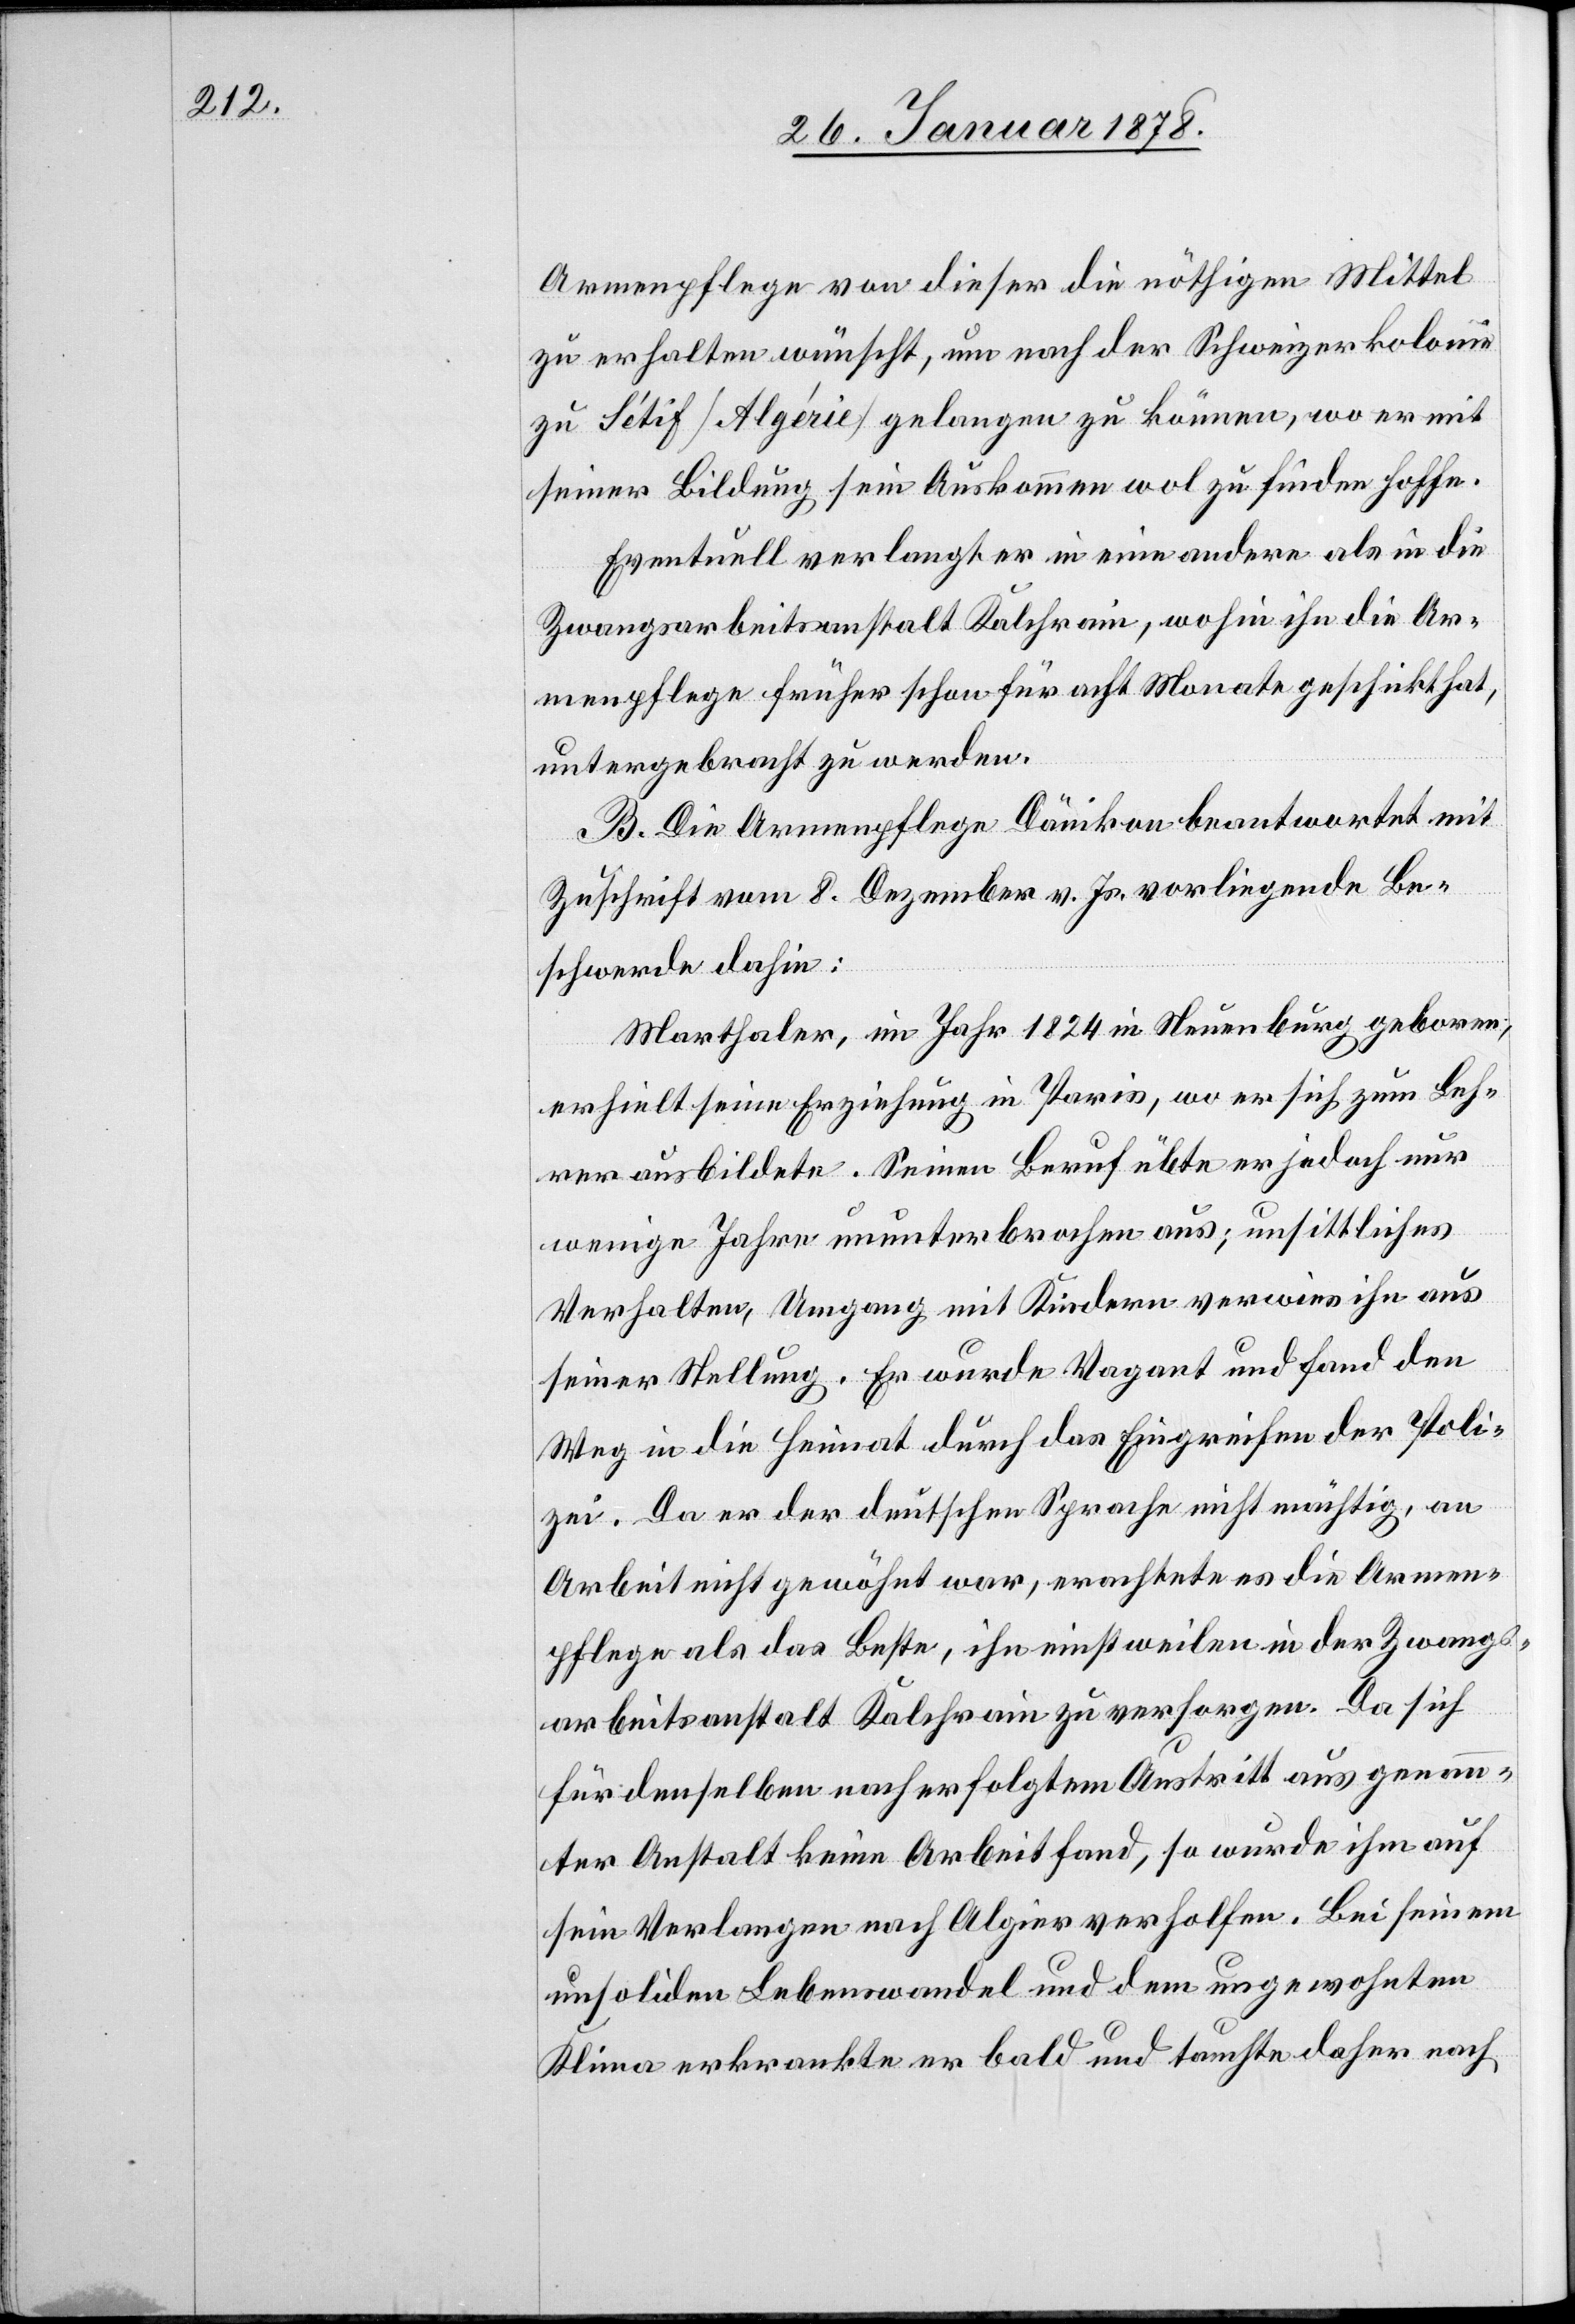
Armenpflege von dieser die nöthigen Mittel
zu erhalten wünscht, um nach der Schweizerkolonie
zu Sétif (Algérie) gelangen zu können, wo er mit
seiner Bildung sein Auskommen wol zu finden hoffe.
Eventuell verlangt er in eine andere als in die
Zwangsarbeitsanstalt Kalchrain, wohin ihn die Ar¬
menpflege früher schon für acht Monate geschickt hat
untergebracht zu werden.
B. Die Armenpflege Dänikon beantwortet mit
Zuschrift vom 8. Dezember v. Js. vorliegende Be¬
schwerde dahin:
Marthaler, im Jahr 1825 in Neuenburg geboren,
erhielt seine Erziehung in Paris, wo er sich zum Leh¬
rer ausbildete. Seinen Beruf übte er jedoch nur
wenige Jahre ununterbrochen aus; unsittliches
Verhalten, Umgang mit Kindern verwies ihn aus
seiner Stellung. Er wurde Vagant und fand den
Weg in die Heimat durch das Eingreifen der Poli¬
zei. Da er der deutschen Sprache nicht mächtig, an
Arbeit nicht gewöhnt war, erachtete es die Armen¬
pflege als das Beste, ihn einstweilen in der Zwangs¬
arbeitsanstalt Kalchrain zu versorgen. Da sich
für denselben nach erfolgtem Austritt aus genan¬
nter Anstalt keine Arbeit fand, so wurde ihm auf
sein Verlangen nach Algier verholfen. Bei seinem
unsoliden Lebenswandel und dem ungewohnten
Klima erkrankte er bald und tauchte daher nach